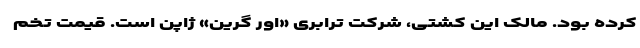
کرده بود. مالک این کشتی، شرکت ترابری «اِور گرین» ژاپن است. قیمت تخم